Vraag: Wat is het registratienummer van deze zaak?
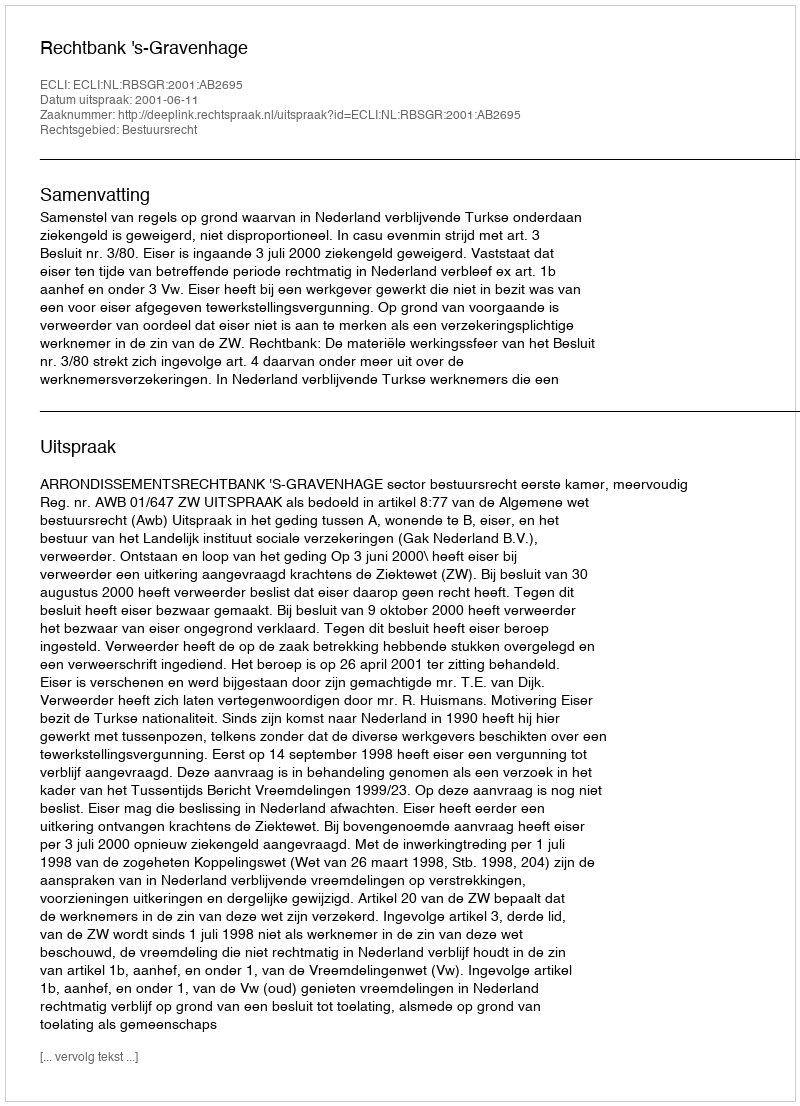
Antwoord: http://deeplink.rechtspraak.nl/uitspraak?id=ECLI:NL:RBSGR:2001:AB2695